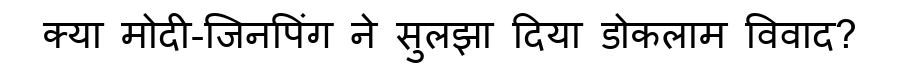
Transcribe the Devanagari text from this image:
क्या मोदी-जिनपिंग ने सुलझा दिया डोकलाम विवाद?